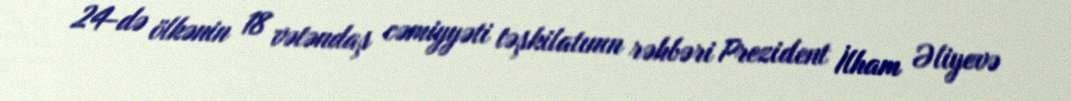
24-də ölkənin 18 vətəndaş cəmiyyəti təşkilatının rəhbəri Prezident İlham Əliyevə